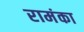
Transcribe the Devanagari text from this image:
रामंका